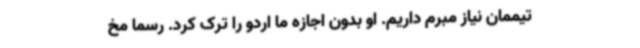
تیممان نیاز مبرم داریم. او بدون اجازه ما اردو را ترک کرد. رسما مخ